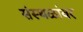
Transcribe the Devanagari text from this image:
संस्थळांवर